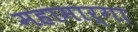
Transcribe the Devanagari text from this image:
महामार्गा